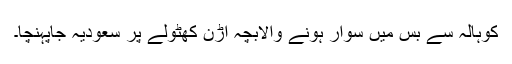
کوہالہ سے بس میں سوار ہونے والابچہ اُڑن کھٹولے پر سعودیہ جاپہنچا۔